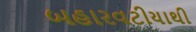
બહારવટીયાથી